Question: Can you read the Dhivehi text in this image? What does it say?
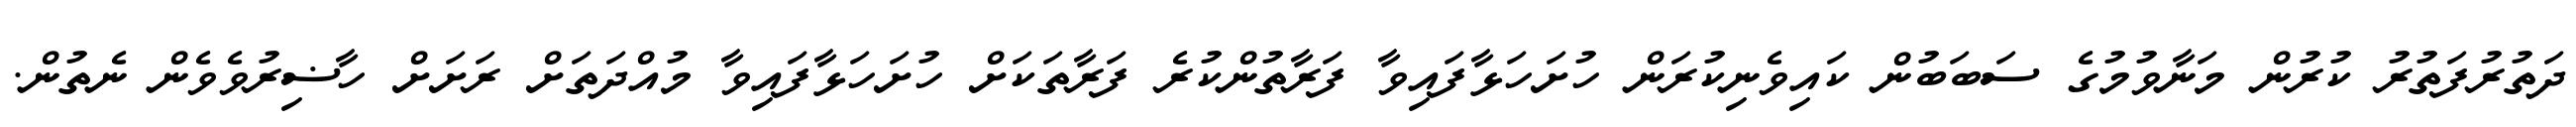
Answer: ދަތުރުފަތުރު ކުރުން މަނާވުމުގެ ސަބަބުން ކައިވެނިކުރަން ހުށަހަޅާފައިވާ ފަރާތުންކުރެ ފަރާތަކަށް ހުށަހަޅާފައިވާ މުއްދަތަށް ރަށަށް ހާޟިރުވެވެން ނެތުން.